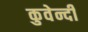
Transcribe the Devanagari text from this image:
कुवेन्दी